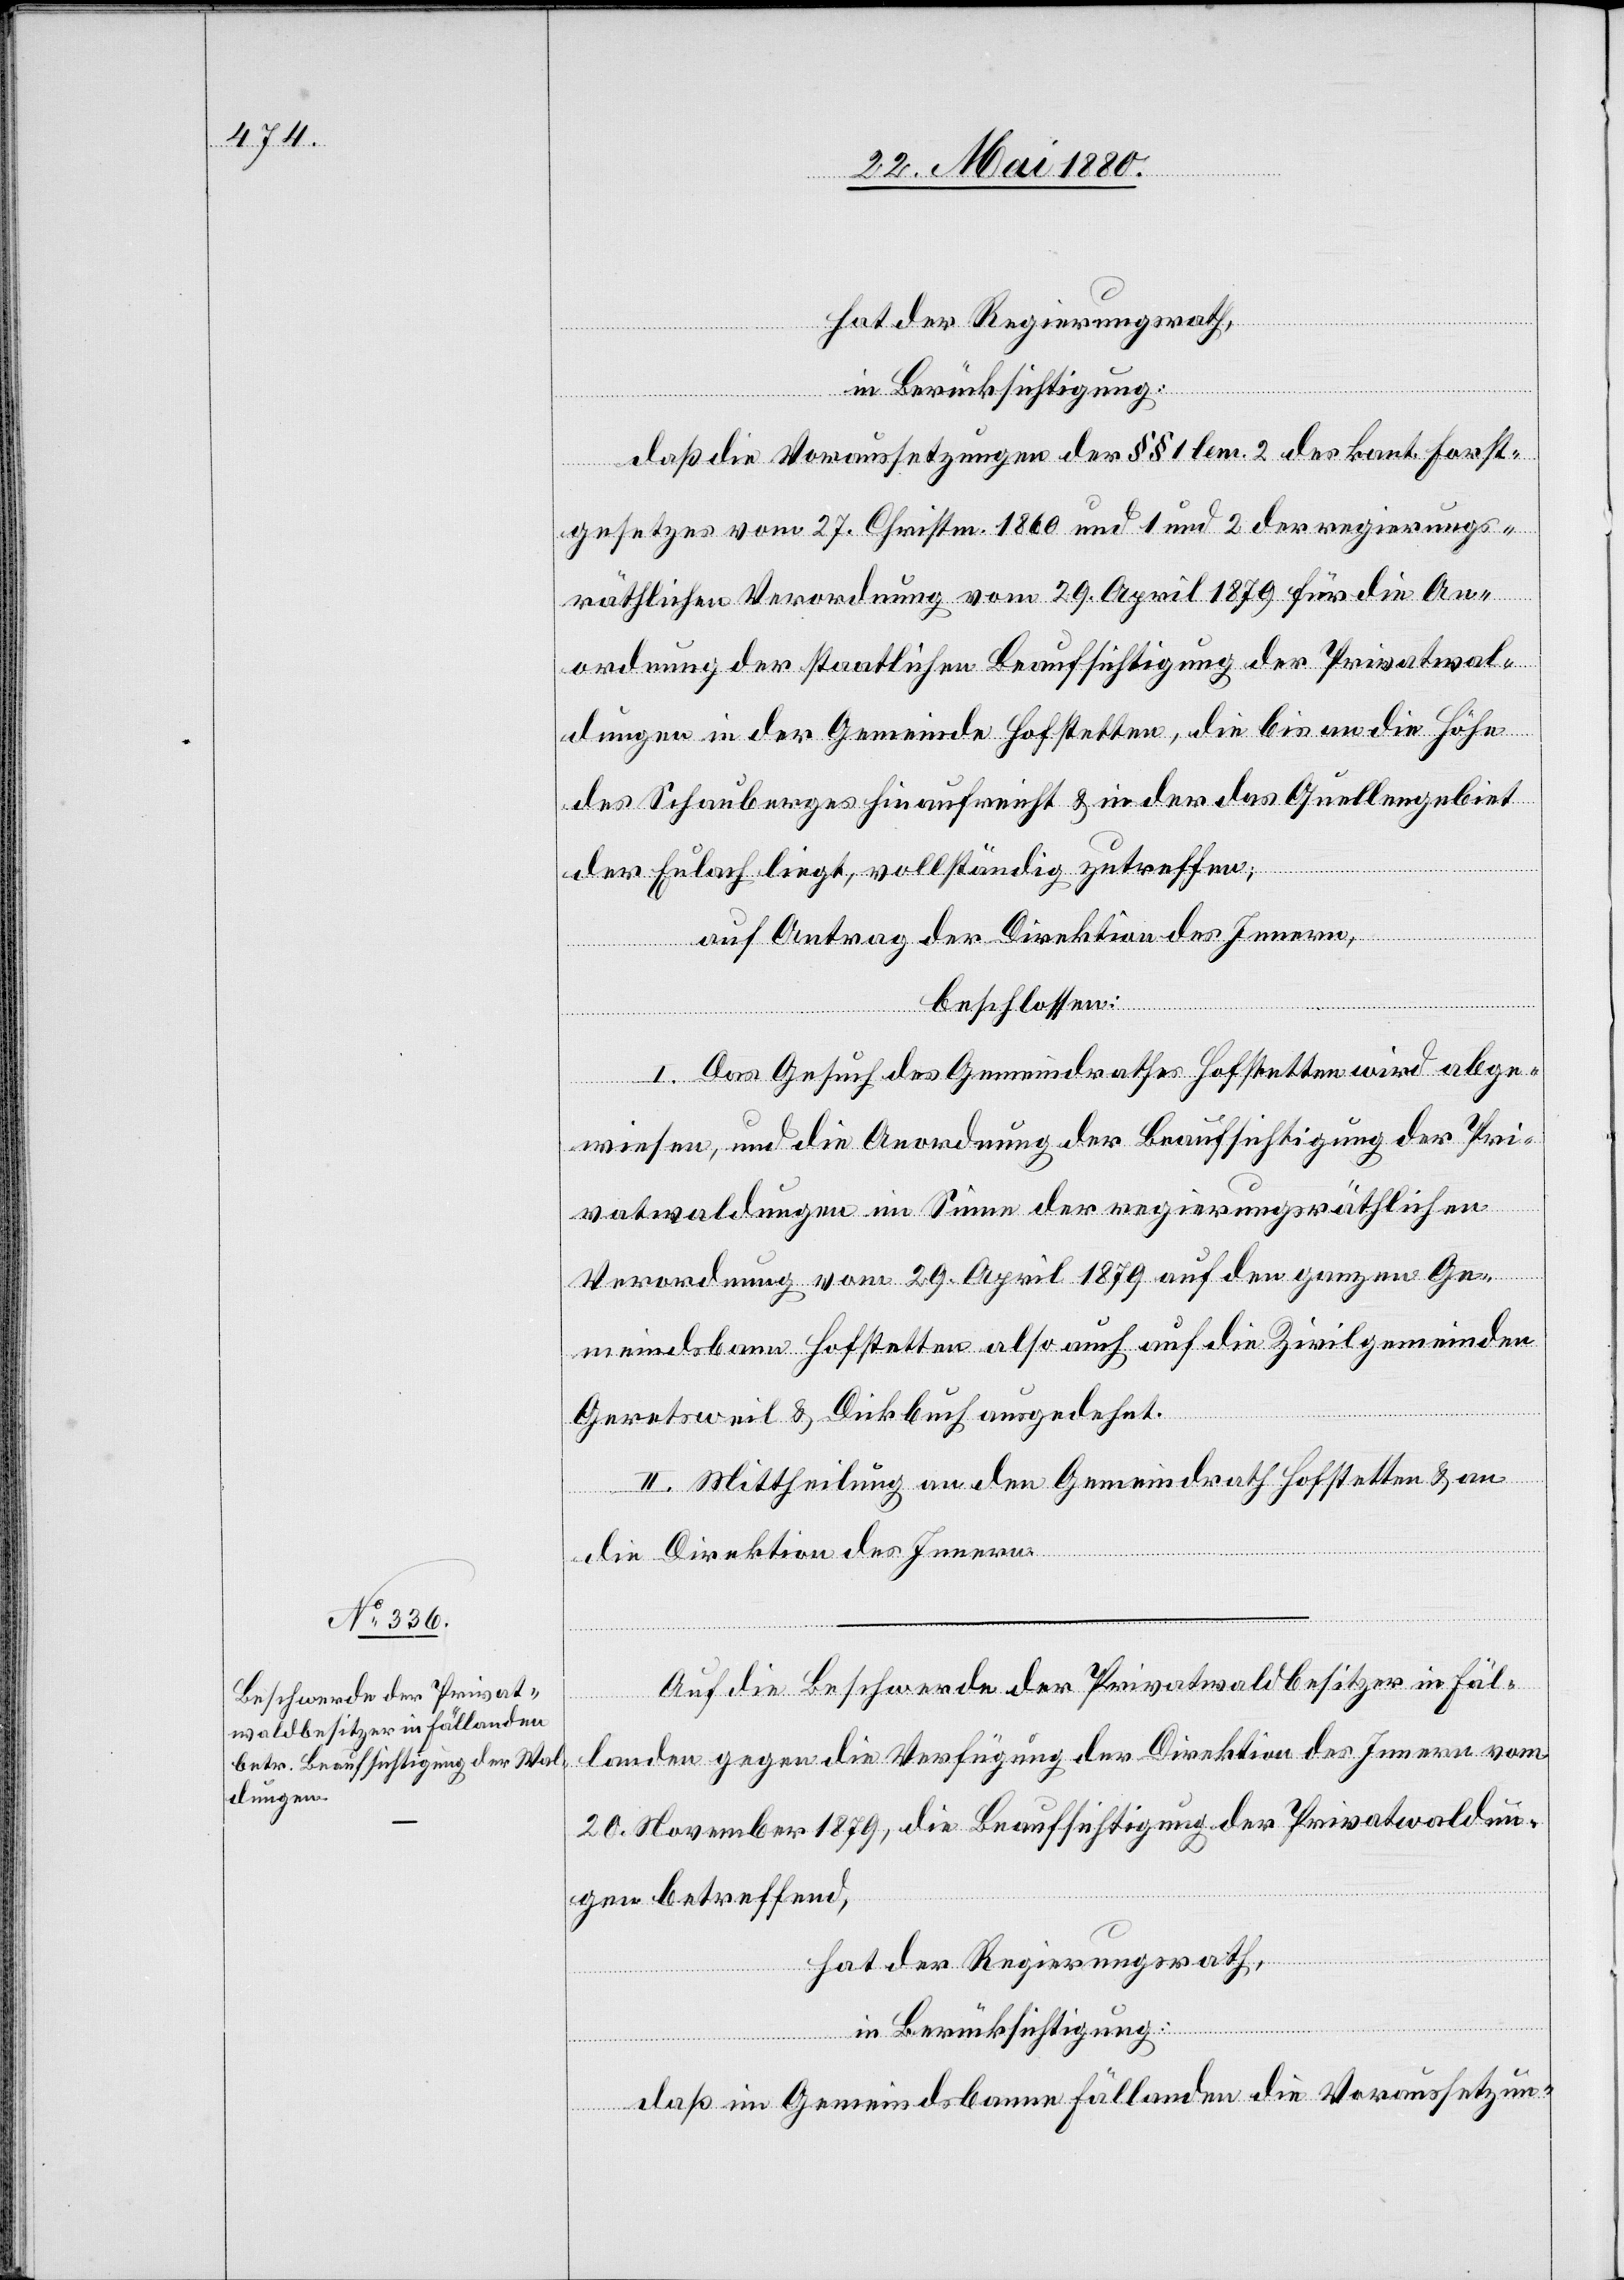
hat der Regierungsrath,
in Berücksichtigung:
daß die Voraussetzungen des §§ 1 lem. 2 des kant. Forst¬
gesetzes vom 27. Christm. 1860 und 1 und 2 der regierungs¬
räthlichen Verordnung vom 29. April 1879 für die An¬
ordnung der staatlichen Beaufsichtigung der Privatwal¬
dungen in der Gemeinde Hofstetten, die bis an die Höhe
des Schauberges hinaufreicht & in der das Quellengebet
der Eulach liegt, vollständig zutreffen;
auf Antrag der Direktion des Innern,
beschlossen:
I. Das Gesuch des Gemeindrathes Hofstetten wird abge¬
wiesen, und die Anordnung der Beaufsichtigung der Pri¬
vatwaldungen im Sinne der regierungsräthlichen
Verordnung vom 29. April 1879 auf den ganzen Ge¬
meindsbann Hofstetten also auch auf die Zivilgemeinden
Geretsweil & Dickbuch ausgedehnt.
II. Mittheilung an den Gemeindrath Hofstetten & an
die Direktion des Innern.
Auf die Beschwerde der Privatwaldbesitzer in Fäl¬
landen gegen die Verfügung der Direktion des Innern vom
20. November 1879, die Beaufsichtigung der Privatwaldun¬
gen betreffend,
hat der Regierungsrath,
in Berücksichtigung:
das im Gemeindsbanne Fällanden die Voraussetzun-